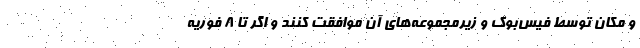
و مکان توسط فیس‌بوک و زیرمجموعه‌های آن موافقت کنند و اگر تا ٨ فوریه